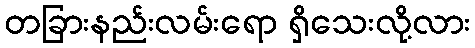
တခြားနည်းလမ်းရော ရှိသေးလို့လား